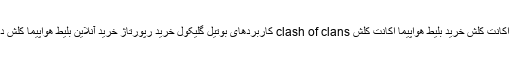
خرید اکانت کلش فروش اکانت کلش خرید بلیط هواپیما اکانت کلش clash of clans کاربردهای بوتیل گلیکول خرید رپورتاژ خرید آنلاین بلیط هواپیما کلش دانلود بازی کلش آف کلنز